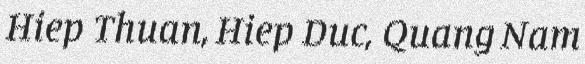
Hiep Thuan, Hiep Duc, Quang Nam